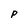
Character: p